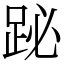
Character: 䟤